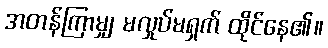
အတန်ကြာမျှ မလှုပ်မရှက် ထိုင်နေ၏။